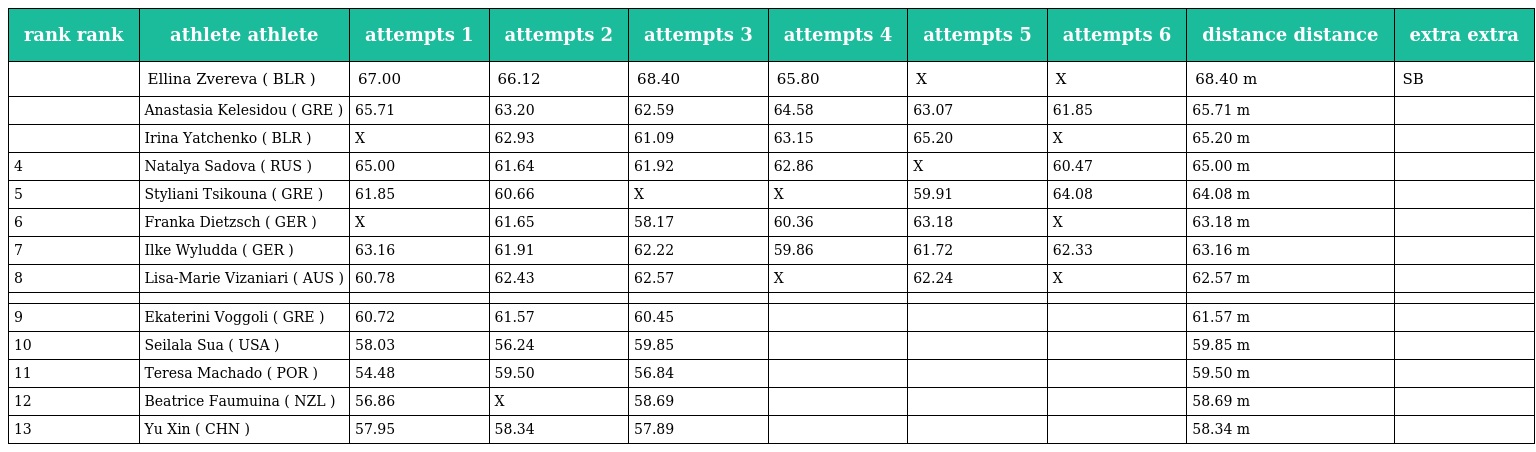
| rank rank | athlete athlete | attempts 1 | attempts 2 | attempts 3 | attempts 4 | attempts 5 | attempts 6 | distance distance | extra extra |
 | --- | --- | --- | --- | --- | --- | --- | --- | --- | --- |
 |  | Ellina Zvereva ( BLR ) | 67.00 | 66.12 | 68.40 | 65.80 | X | X | 68.40 m | SB |
 |  | Anastasia Kelesidou ( GRE ) | 65.71 | 63.20 | 62.59 | 64.58 | 63.07 | 61.85 | 65.71 m |  |
 |  | Irina Yatchenko ( BLR ) | X | 62.93 | 61.09 | 63.15 | 65.20 | X | 65.20 m |  |
 | 4 | Natalya Sadova ( RUS ) | 65.00 | 61.64 | 61.92 | 62.86 | X | 60.47 | 65.00 m |  |
 | 5 | Styliani Tsikouna ( GRE ) | 61.85 | 60.66 | X | X | 59.91 | 64.08 | 64.08 m |  |
 | 6 | Franka Dietzsch ( GER ) | X | 61.65 | 58.17 | 60.36 | 63.18 | X | 63.18 m |  |
 | 7 | Ilke Wyludda ( GER ) | 63.16 | 61.91 | 62.22 | 59.86 | 61.72 | 62.33 | 63.16 m |  |
 | 8 | Lisa-Marie Vizaniari ( AUS ) | 60.78 | 62.43 | 62.57 | X | 62.24 | X | 62.57 m |  |
 |  |  |  |  |  |  |  |  |  |  |
 | 9 | Ekaterini Voggoli ( GRE ) | 60.72 | 61.57 | 60.45 |  |  |  | 61.57 m |  |
 | 10 | Seilala Sua ( USA ) | 58.03 | 56.24 | 59.85 |  |  |  | 59.85 m |  |
 | 11 | Teresa Machado ( POR ) | 54.48 | 59.50 | 56.84 |  |  |  | 59.50 m |  |
 | 12 | Beatrice Faumuina ( NZL ) | 56.86 | X | 58.69 |  |  |  | 58.69 m |  |
 | 13 | Yu Xin ( CHN ) | 57.95 | 58.34 | 57.89 |  |  |  | 58.34 m |  |